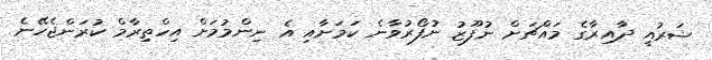
ޝަރުއީ ދާއިރާގެ މައްޗަށް ނުފޫޒު ނުފޯރުވާނެ ކަމަށާއި އެ ނިންމުމަށް އިހްތިރާމް ކުރަންޖެހޭނެ